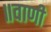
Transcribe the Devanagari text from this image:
॥वाणी